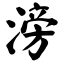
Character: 滂